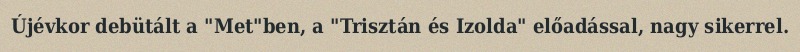
Újévkor debütált a "Met"ben, a "Trisztán és Izolda" előadással, nagy sikerrel.